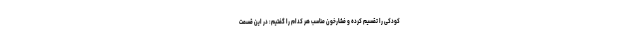
کودکی را تقسیم کرده و فشارخون مناسب هر کدام را گفتیم: در این قسمت